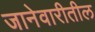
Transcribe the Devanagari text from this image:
जानेवारीतील